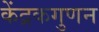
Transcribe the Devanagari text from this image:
केंद्रकगुणन